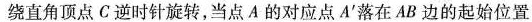
绕直角顶点C逆时针旋转，当点A的对应点A^{\prime}落在AB边的起始位置